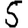
Digit: 5